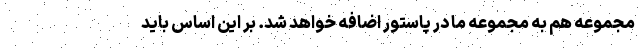
مجموعه هم به مجموعه ما در پاستور اضافه خواهد شد. بر این اساس باید